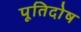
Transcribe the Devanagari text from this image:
पूतिदोष